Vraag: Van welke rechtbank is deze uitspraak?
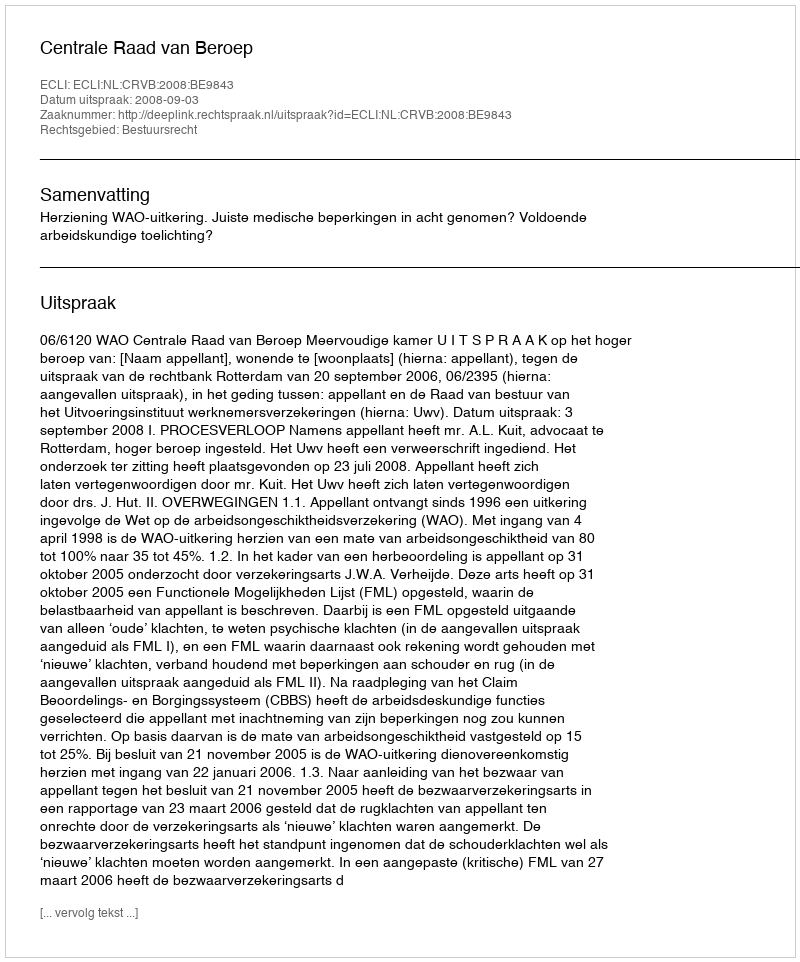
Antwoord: Centrale Raad van Beroep